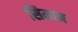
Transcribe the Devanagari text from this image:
सिमान